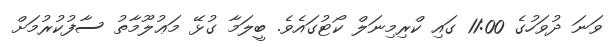
ވަނަ ދުވަހުގެ 11:00 ގައި ކްރިމިނަލް ކޯޓުގައެވެ. ބީލަމާ ގުޅޭ މަޢުލޫމާތު ސާފުކުރުމަށް